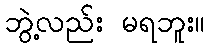
ဘွဲ့လည်း မရဘူး။